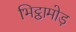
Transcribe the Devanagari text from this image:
भिट्ठामोड़